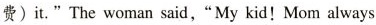
费)it."The woman said,"My kid!Mom always